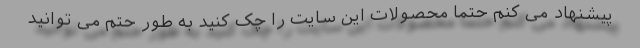
پیشنهاد می کنم حتما محصولات این سایت را چک کنید به طور حتم می توانید